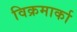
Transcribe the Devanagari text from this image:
विक्रमार्का